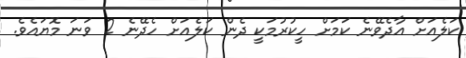
ކަލެއަށް އާދެވޭނެ ކަމަށް ހީކުރުމަކީ ދެން ކަލެއަށް ހެދޭނެ 2 ވަނަ މޮޔައެވެ.